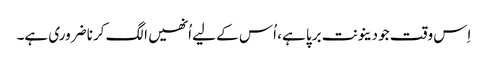
اِس وقت جو دینونت برپا ہے، اُس کے لیے اُنھیں الگ کرنا ضروری ہے۔